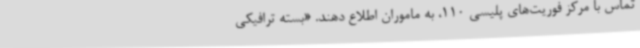
تماس با مرکز فوریت‌های پلیسی 110، به ماموران اطلاع دهند. «بسته ترافیکی